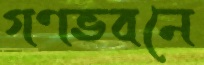
গণভবনে